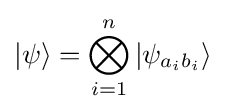
|\psi \rangle =\bigotimes _{i=1}^{n}|\psi _{a_{i}b_{i}}\rangle